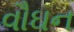
વૌઘન